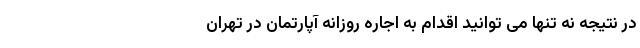
در نتیجه نه تنها می توانید اقدام به اجاره روزانه آپارتمان در تهران